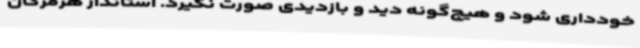
خودداری شود و هیچ‌گونه دید و بازدیدی صورت نگیرد. استاندار هرمزگان